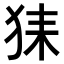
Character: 𤞖